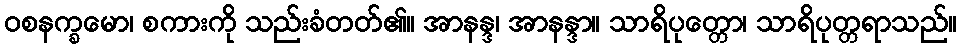
ဝစနက္ခမော၊ စကားကို သည်းခံတတ်၏။ အာနန္ဒ၊ အာနန္ဒာ။ သာရိပုတ္တော၊ သာရိပုတ္တရာသည်။